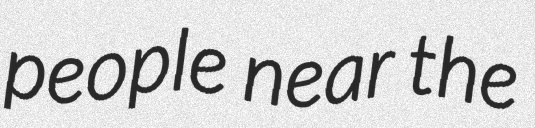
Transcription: people near the